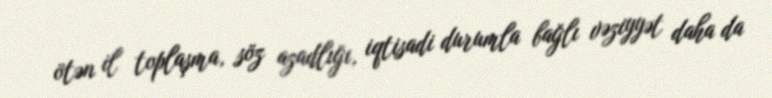
ötən il toplaşma, söz azadlığı, iqtisadi durumla bağlı vəziyyət daha da